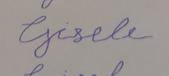
Signature authenticity: forged